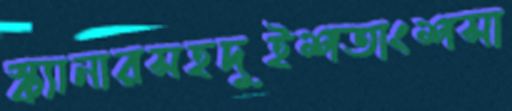
স্ক্যানারসহদুইশতাংশসা